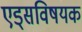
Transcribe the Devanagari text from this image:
एड्‌सविषयक